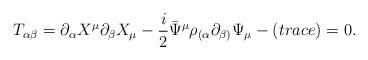
\begin{align*}T_{\alpha\beta}=\partial_{\alpha}X^{\mu }\partial_{\beta}X_{\mu }- \frac{i}{2}\bar{\Psi}^{\mu}\rho_{(\alpha}\partial_{\beta )}\Psi_{\mu}-(trace)=0.\end{align*}